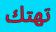
تھتك